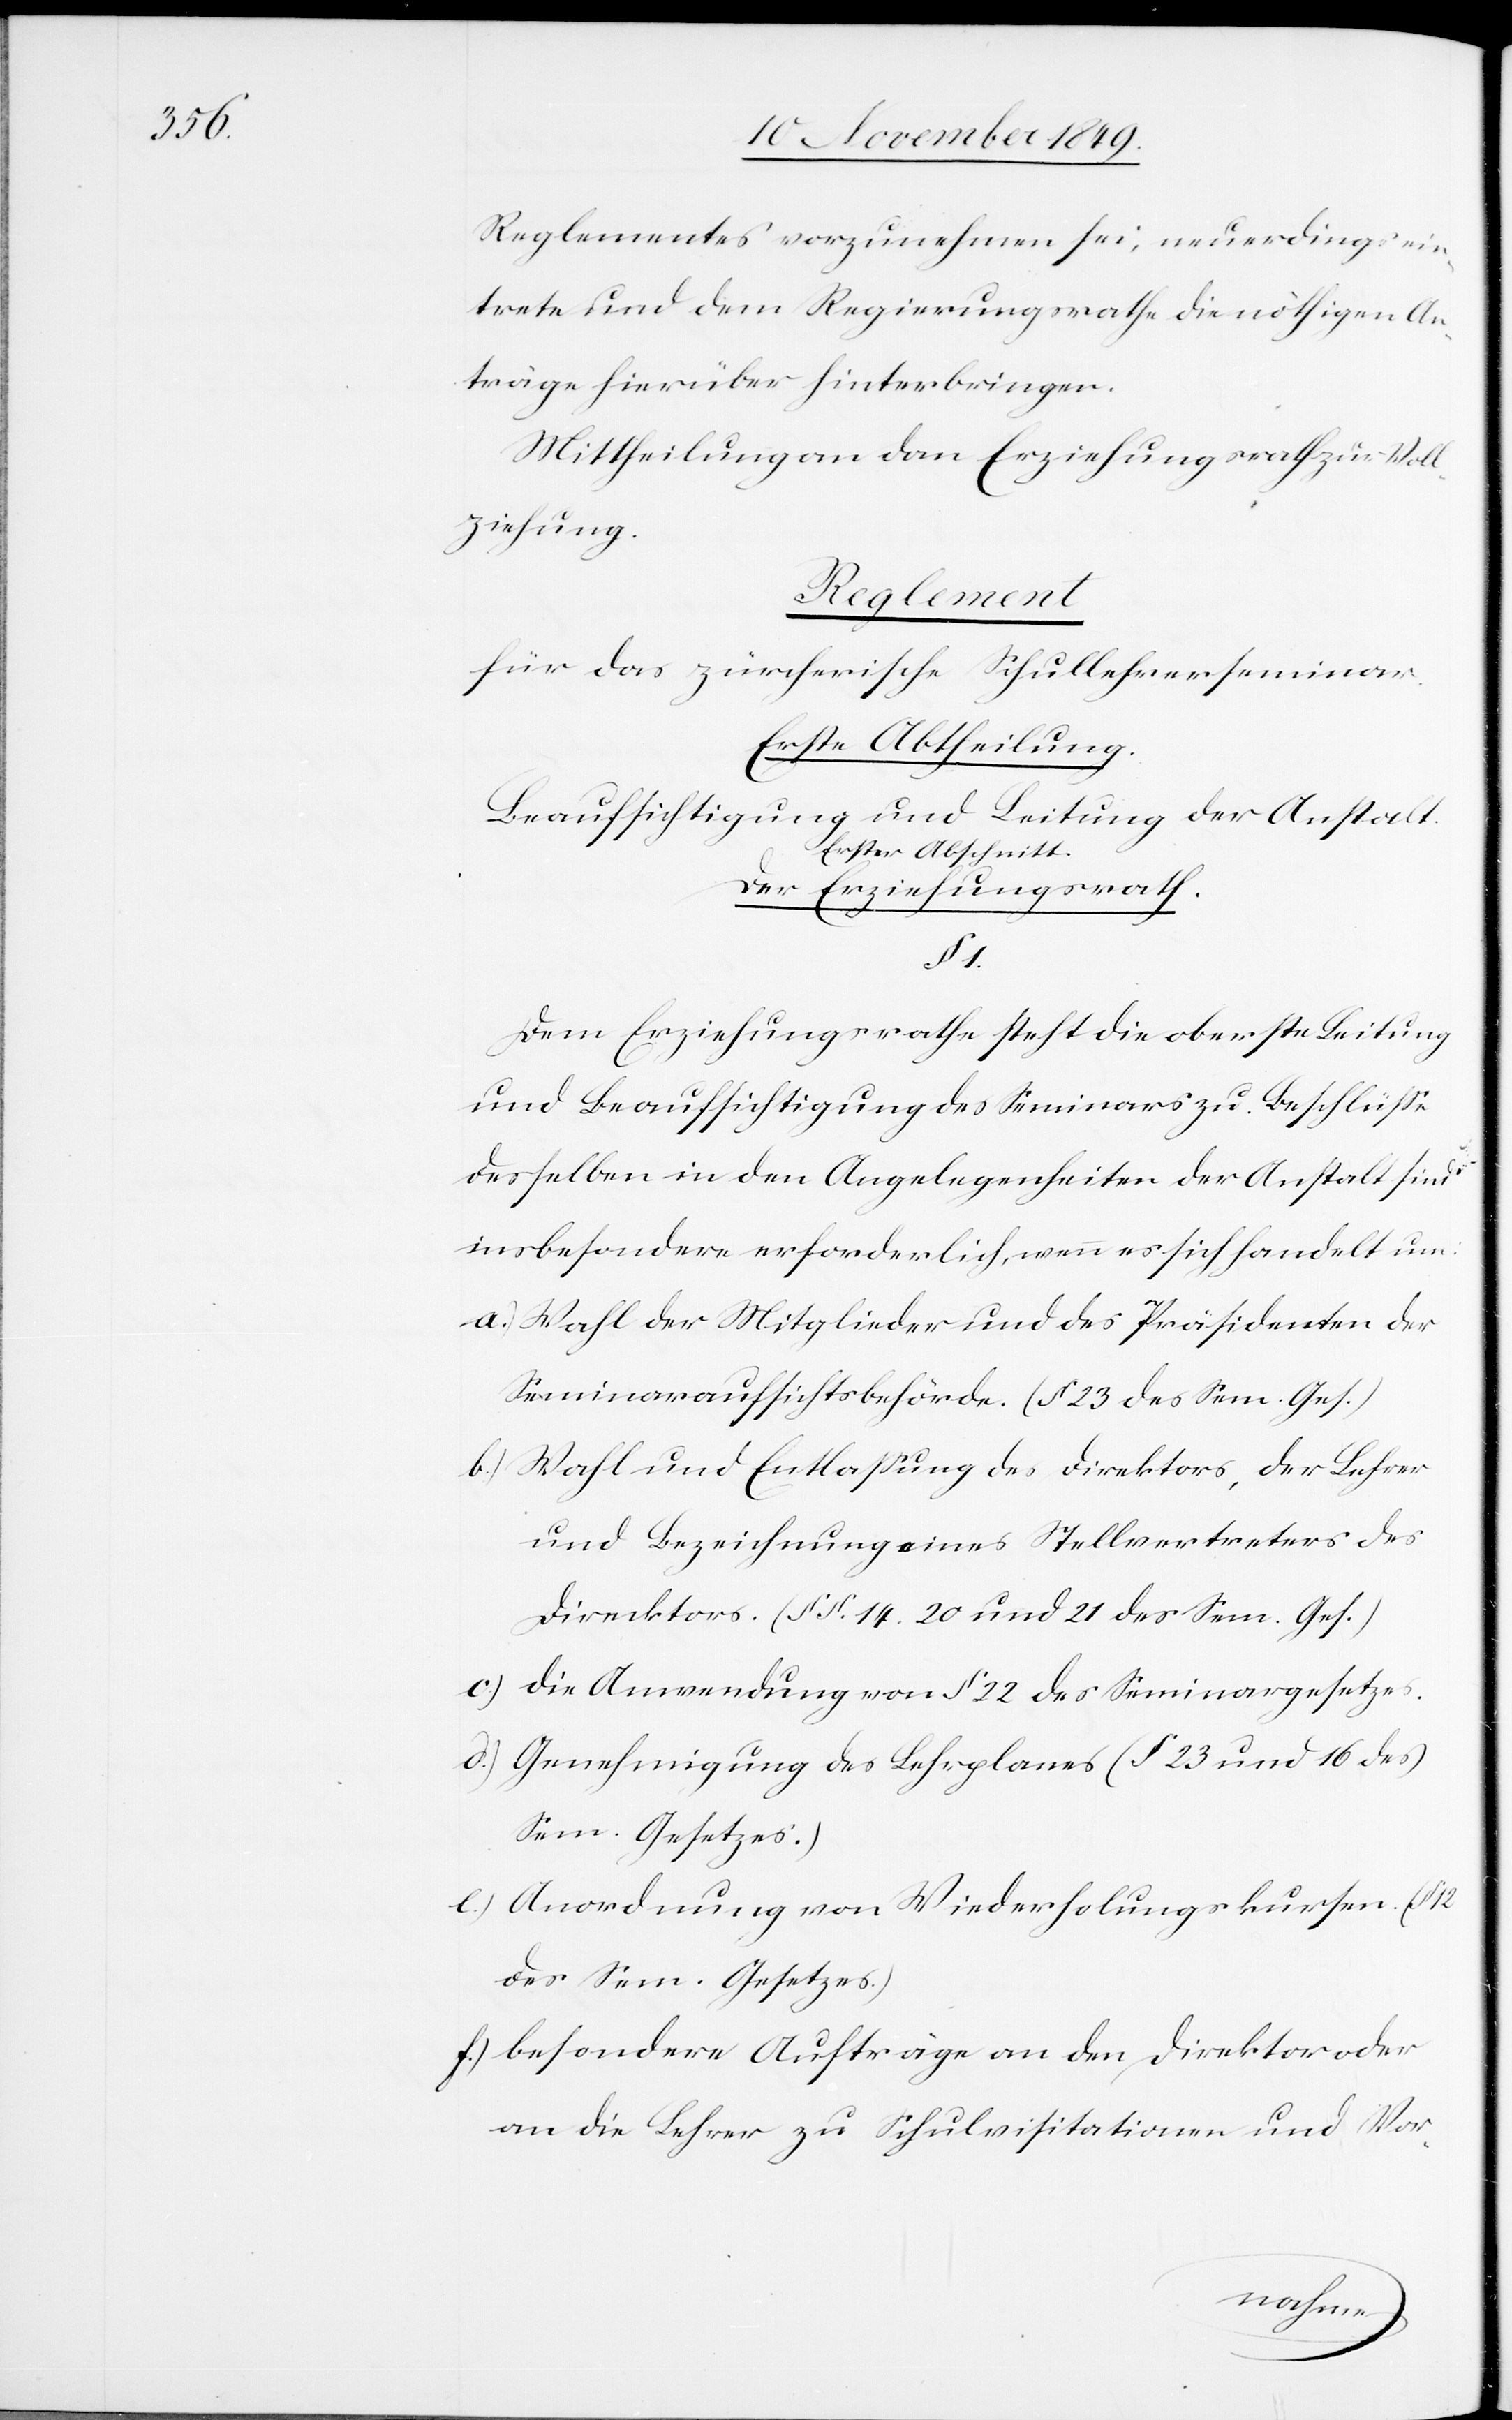
Reglementes vorzunehmen sei, neuerdings ein¬
trete und dem Regierungsrathe die nöthigen An¬
träge hierüber hinterbringen.
Mittheilung an den Erziehungsrath zur Voll¬
ziehung.
Reglement
für das zürcherische Schullehrerseminar.
Erste Abtheilung.
Beaufsichtigung und Leitung der Anstalt.
Erster Abschnitt.
Der Erziehungsrath.
1.
Dem Erziehungsrathe steht die oberste Leitung
und Beaufsichtigung des Seminars zu. Beschlüße
desselben in den Angelegenheiten der Anstalt sind
insbesondere erforderlich, wenn es sich handelt um:
a) Wahl der Mitglieder und des Präsidenten der
Seminaraufsichtsbehörde. (§ 23 des Sem. Ges.)
b.) Wahl und Entlaßung des Direktors, der Lehrer
und Bezeichnung eines Stellvertreters des
Direktors. (§§ 14. 20 und 21 des Sem. Ges.)
c.) Die Anwendung von § 22 des Seminargesetzes.
d.) Genehmigung des Lehrplanes (§ 23 und 16 des
Sem. Gesetzes.)
e.) Anordnung von Wiederholungskursen (§
des Sem. Gesetzes.)
f.) Besondere Aufträge an den Direktor oder
an die Lehrer zu Schulvisitationen und Vor-